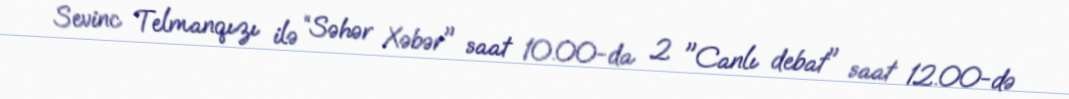
Sevinc Telmanqızı ilə “Səhər Xəbər" saat 10.00-da 2 "Canlı debat" saat 12.00-də